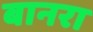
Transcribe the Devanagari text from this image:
बानरा